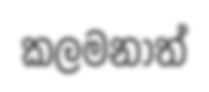
කලමනාත්